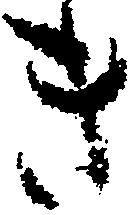
き